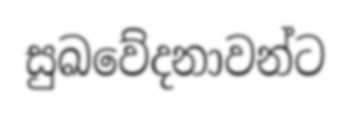
සුඛවේදනාවන්ට